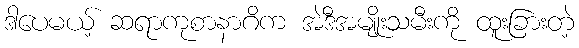
ဒါပေမယ့် ဆရာကုစာနာဂိက အဲဒီအမျိုးသမီးကို ထူးခြားတဲ့